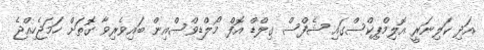
އަދި ކަލިނަރީ އޮލިމްޕިކްސްގައި ޝެފްސް ގިލްޑް އޮފް މޯލްޑިވްސްއިން ބައިވެރިވާ ގޮތަށް ހަމަޖެހިއްޖެ